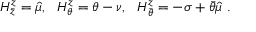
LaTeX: H _ { \bar { z } } ^ { z } = \hat { \mu } , ~ ~ H _ { \theta } ^ { z } = \theta - \nu , ~ ~ H _ { \bar { \theta } } ^ { z } = - \sigma + \bar { \theta } \hat { \mu } \ .